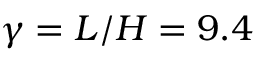
\gamma = L / H = 9 . 4